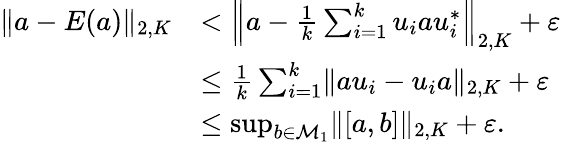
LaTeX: \begin{array}{rl}{\lVert a-E(a)\rVert_{2,K}}&{<\Big\lVert a-\frac{1}{k}\sum_{i=1}^{k}u_{i}au_{i}^{*}\Big\rVert_{2,K}+\varepsilon}\\ &{\le\frac{1}{k}\sum_{i=1}^{k}\lVert au_{i}-u_{i}a\rVert_{2,K}+\varepsilon}\\ &{\le\operatorname*{sup}_{b\in\mathcal{M}_{1}}\lVert[a,b]\rVert_{2,K}+\varepsilon.}\end{array}